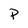
Character: P